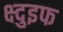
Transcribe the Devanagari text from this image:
क्ष्दुइफ